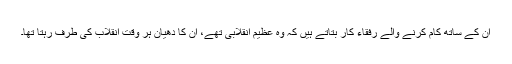
ان کے ساتھ کام کرنے والے رفقاء کار بتاتے ہیں کہ وہ عظیم انقلابی تھے، ان کا دھیان ہر وقت انقلاب کی طرف رہتا تھا۔